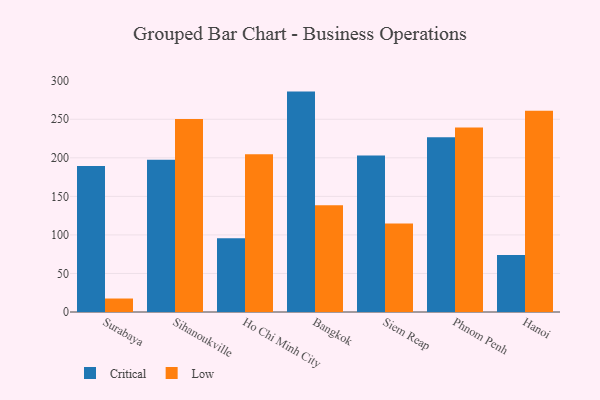
{"axis": {"x": "City", "y": "Website Visitors"}, "legend": ["Critical", "Low"], "data": [{"x": "Surabaya", "y": 189.5, "type": "Critical"}, {"x": "Surabaya", "y": 17.5, "type": "Low"}, {"x": "Sihanoukville", "y": 197.4, "type": "Critical"}, {"x": "Sihanoukville", "y": 250.4, "type": "Low"}, {"x": "Ho Chi Minh City", "y": 95.7, "type": "Critical"}, {"x": "Ho Chi Minh City", "y": 204.5, "type": "Low"}, {"x": "Bangkok", "y": 285.9, "type": "Critical"}, {"x": "Bangkok", "y": 138.4, "type": "Low"}, {"x": "Siem Reap", "y": 203.1, "type": "Critical"}, {"x": "Siem Reap", "y": 114.8, "type": "Low"}, {"x": "Phnom Penh", "y": 226.7, "type": "Critical"}, {"x": "Phnom Penh", "y": 239.4, "type": "Low"}, {"x": "Hanoi", "y": 74.0, "type": "Critical"}, {"x": "Hanoi", "y": 261.0, "type": "Low"}]}